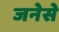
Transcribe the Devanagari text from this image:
जनेसे